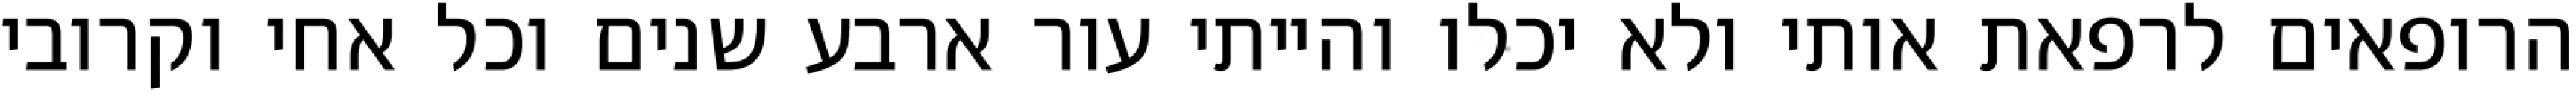
הרופאים לרפאת אותי ולא יכלו והייתי עור ארבע שנים וכל אחי וקרובי